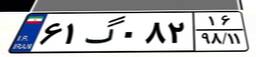
۹۳گ۶۰۲۴۴